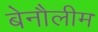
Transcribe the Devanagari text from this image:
बेनौलीम